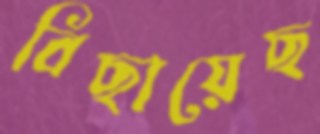
বিছায়েছ